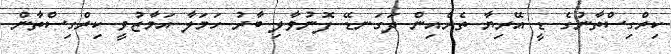
ކިރްގިސްތާނުގެ ޑީ އޭރިޔާ ތެރެއިން ދަގަނޑޭ ފޮނުވާލި ބާރު ހަމަލާ އަމާޒުވީ ކިރްގިސްތާން